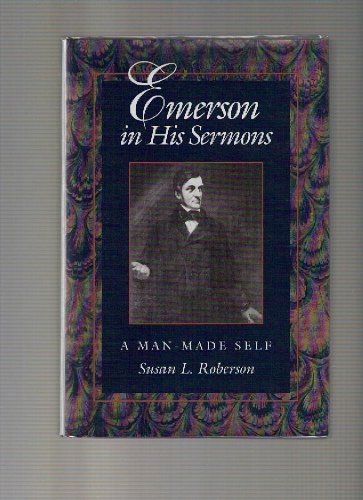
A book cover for Emerson in His Sermons: A Man-Made Self; Susan L. Roberson; Religion & Spirituality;